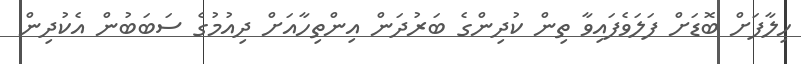
ހިލާފަށް ބޮޑަށް ފަލަވެފައިވާ ތިން ކުދިންގެ ބަރުދަން އިންތިހާއަށް ދިއުމުގެ ސަބަބުން އެކުދިން